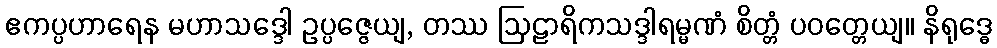
ဧကပ္ပဟာရေန မဟာသဒ္ဒေါ ဥပ္ပဇ္ဇေယျ, တဿ ဩဠာရိကသဒ္ဒါရမ္မဏံ စိတ္တံ ပဝတ္တေယျ။ နိရုဒ္ဓေ